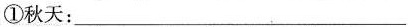
①秋天：___